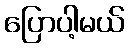
ပြောပါ့မယ်